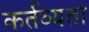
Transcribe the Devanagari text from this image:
कर्तव्यता